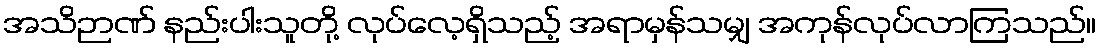
အသိဉာဏ် နည်းပါးသူတို့ လုပ်လေ့ရှိသည့် အရာမှန်သမျှ အကုန်လုပ်လာကြသည်။